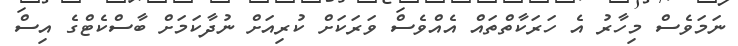
ނަމަވެސް މިހާރު އެ ހަރަކާތްތައް އެއްވެސް ވަރަކަށް ކުރިއަށް ނުދާކަމަށް ބާސްކެޓްގެ އިސް